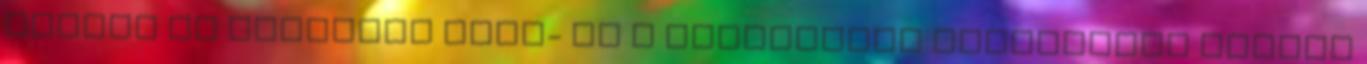
vagyis az amerikai film- és a televíziós részlegeit akarja